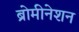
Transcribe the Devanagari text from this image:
ब्रोमीनेशन